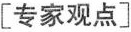
[专家观点]